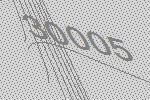
30005